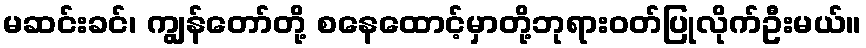
မဆင်းခင်၊ ကျွန်တော်တို့ စနေထောင့်မှာတို့ဘုရားဝတ်ပြုလိုက်ဦးမယ်။